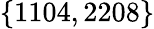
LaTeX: \{ 1104,2208\}